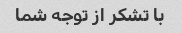
با تشکر از توجه شما